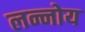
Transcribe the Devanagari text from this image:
लन्नोय